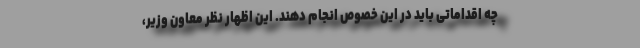
چه اقداماتی باید در این خصوص انجام دهند. این اظهار نظر معاون وزیر،